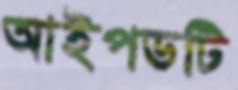
আইপডটি